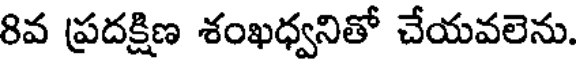
8వ ప్రదక్షిణ శంఖధ్వనితో చేయవలెను.